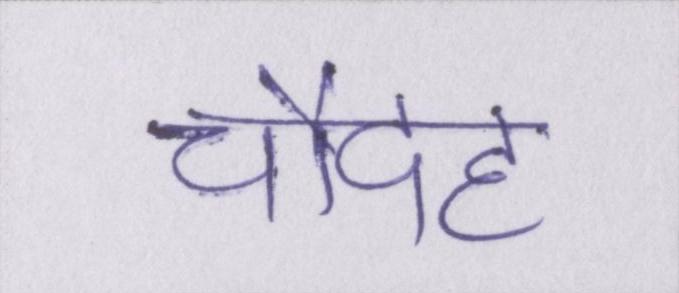
चौदह